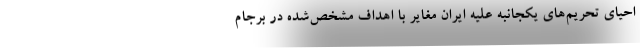
احیای تحریم‌های یکجانبه علیه ایران مغایر با اهداف مشخص‌شده در برجام